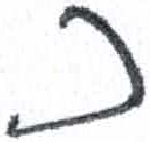
אות: כ